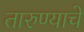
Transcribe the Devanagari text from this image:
तारुण्याचे